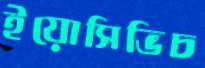
ইয়োসিভিচ